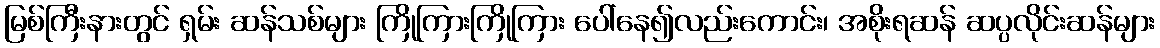
မြစ်ကြီးနားတွင် ရှမ်း ဆန်သစ်များ ကြိုကြားကြိုကြား ပေါ်နေ၍လည်းကောင်း၊ အစိုးရဆန် ဆပ္ပလိုင်းဆန်များ